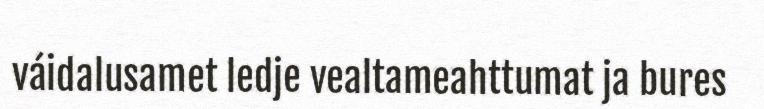
váidalusamet ledje vealtameahttumat ja bures